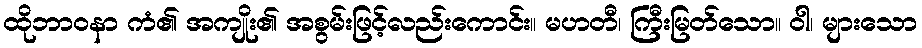
ထိုဘာဝနာ ကံ၏ အကျိုး၏ အစွမ်းဖြင့်လည်းကောင်း။ မဟတီ၊ ကြီးမြတ်သော။ ဝါ၊ များသော